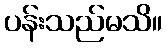
ပန်းသည်မသိ။